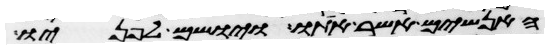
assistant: האנשים אשר אתו ויושם לפניו